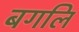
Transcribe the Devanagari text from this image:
बगलि